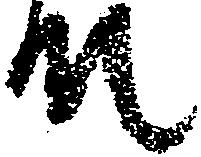
殿